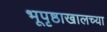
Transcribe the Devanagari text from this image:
भूपृष्ठाखालच्या